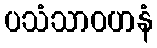
ပသံသာဝဟနံ